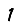
Digit: 1